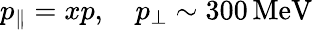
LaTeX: p_{\parallel}=xp,\quad p_{\perp}\sim 300\, \mathrm{MeV}